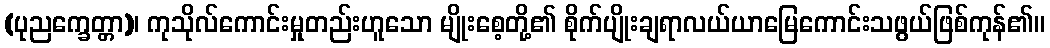
(ပုညက္ခေတ္တာ)၊ ကုသိုလ်ကောင်းမှုတည်းဟူသော မျိုးစေ့တို့၏ စိုက်ပျိုးချရာလယ်ယာမြေကောင်းသဖွယ်ဖြစ်ကုန်၏။